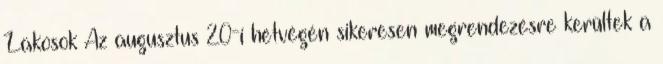
Lakosok Az augusztus 20-i hétvégén sikeresen megrendezésre kerültek a